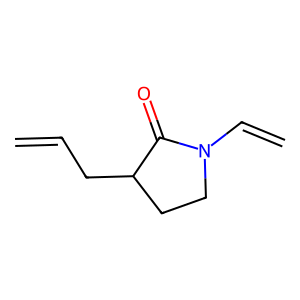
SMILES: C=CCC1CCN(C=C)C1=O
Inhibits HIV replication: No